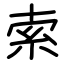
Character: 索